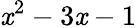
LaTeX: \mathit{x}^{2}-3\mathit{x}-1